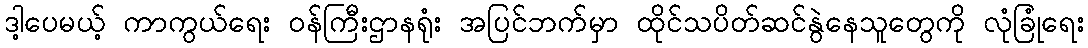
ဒါ့ပေမယ့် ကာကွယ်ရေး ဝန်ကြီးဌာနရုံး အပြင်ဘက်မှာ ထိုင်သပိတ်ဆင်နွဲနေသူတွေကို လုံခြုံရေး